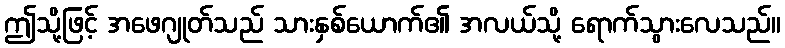
ဤသို့ဖြင့် အဖေဂျုတ်သည် သားနှစ်ယောက်၏ အလယ်သို့ ရောက်သွားလေသည်။